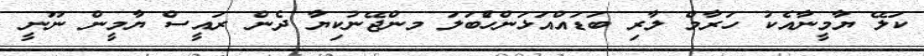
ކަލޭ ޔާމީނާއެކު ހަރާމް ލާރި ބަޑައްއަޅަންހުެބަލަ މންޖޭނުކިޔާ ދެން ރައީސް ޔާމީން ނޫނީ